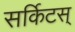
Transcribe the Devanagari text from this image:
सर्किटस्